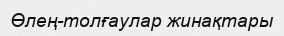
Өлең-толғаулар жинақтары